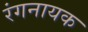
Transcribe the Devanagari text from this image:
रंगनायक